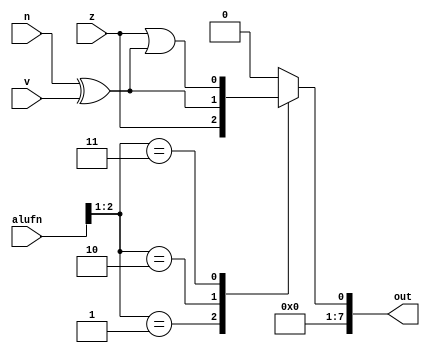
module compare8_10 (
    input [5:0] alufn,
    input z,
    input v,
    input n,
    output reg [7:0] out
  );
  
  
  
  always @* begin
    
    case (alufn[1+1-:2])
      2'h1: begin
        out = z;
      end
      2'h2: begin
        out = n ^ v;
      end
      2'h3: begin
        out = z | (n ^ v);
      end
      default: begin
        out = 1'h0;
      end
    endcase
  end
endmodule